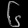
Digit: ၆